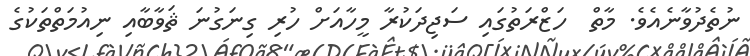
ނުތެދުވާނެއެވެ. މާތް  ހަޒްރަތުގައި ސަޖިދަކުރާ މީހާއަށް ހުރި ގިނަގުނަ ޘަވާބާއި ނިއުމަތްތަކުގެ